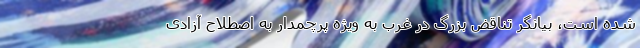
شده است، بیانگر تناقض بزرگ در غرب به ویژه پرچمدار به اصطلاح آزادی